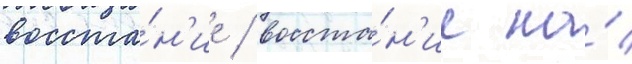
восста́н'ие / восста́н'ие на́